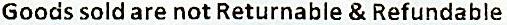
GOODS SOLD ARE NOT RETURNABLE & REFUNDABLE